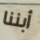
أبننا